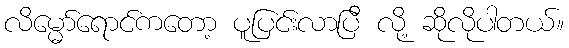
လိမ္မော်ရောင်ကတော့ ပူပြင်းလာပြီ လို့ ဆိုလိုပါတယ်။